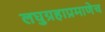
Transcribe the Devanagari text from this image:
लघुग्रहाप्रमाणेच